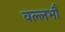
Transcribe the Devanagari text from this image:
वल्लभौ